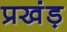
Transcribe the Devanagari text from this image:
प्रखंड़